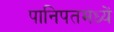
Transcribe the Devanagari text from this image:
पानिपतमध्यें